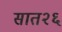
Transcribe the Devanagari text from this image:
सात२६